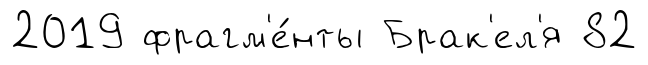
2019 фрагм'е́нты Брак'ел'я 82